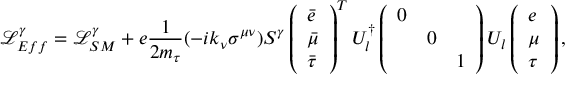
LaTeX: \mathcal { L } _ { E f f } ^ { \gamma } = \mathcal { L } _ { S M } ^ { \gamma } + e \frac { 1 } { 2 m _ { \tau } } ( - i k _ { \nu } \sigma ^ { \mu \nu } ) S ^ { \gamma } \left( \begin{array} { l } { { \bar { e } } } \\ { { \bar { \mu } } } \\ { { \bar { \tau } } } \end{array} \right) ^ { T } U _ { l } ^ { \dag } \left( \begin{array} { l l l } { { 0 } } & { { } } & { { } } \\ { { } } & { { 0 } } & { { } } \\ { { } } & { { } } & { { 1 } } \end{array} \right) U _ { l } \left( \begin{array} { l } { { e } } \\ { { \mu } } \\ { { \tau } } \end{array} \right) ,